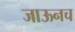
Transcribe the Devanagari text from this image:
जाऊनच